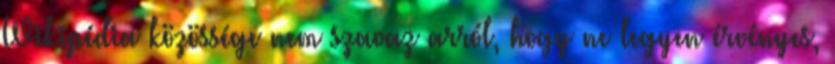
Wikipédia közössége nem szavaz arról, hogy ne legyen érvényes,